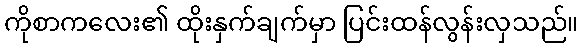
ကိုစာကလေး၏ ထိုးနှက်ချက်မှာ ပြင်းထန်လွန်းလှသည်။